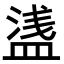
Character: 𥂆